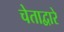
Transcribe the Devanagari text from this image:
चेताद्वारे